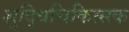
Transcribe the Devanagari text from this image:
शुद्धिचिकित्सक